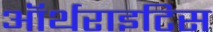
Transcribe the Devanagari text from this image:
ऑर्थराइटिस